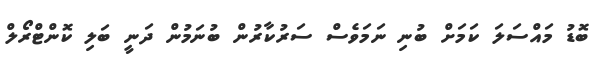
ބޮޑު މައްސަލަ ކަމަށް ބުނި ނަމަވެސް ސަރުކާރުން ބުނަމުން ދަނީ ބަލި ކޮންޓްރޯލް